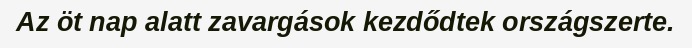
Az öt nap alatt zavargások kezdődtek országszerte.